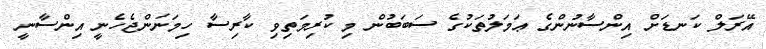
އޭރަލް ކަނޑަށް އިންސާނުންގެ ޢަމަލުތަކުގެ ސަބަބުން މި ކުރިމަތިވި ކާރިސާ ހިމަނަންޖެހެނީ އިންސާނީ